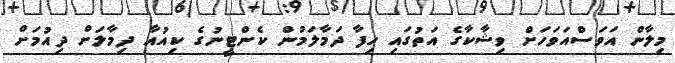
މިލާން އަވަސްއަވަހަށް ވިޝާކާގެ އަތުގައި ހިފާ ދަމާލަމުން ކެންޓީނުގެ ކިއުއާ ދިމާލަށް ދިއުމަށް